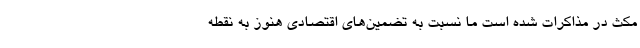
مکث در مذاکرات شده است ما نسبت به تضمین‌های اقتصادی هنوز به نقطه